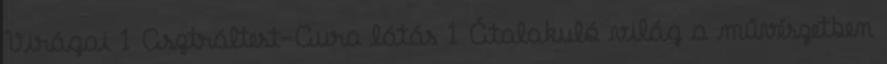
Virágai 1 Asztráltest-Aura látás 1 Átalakuló világ a művészetben